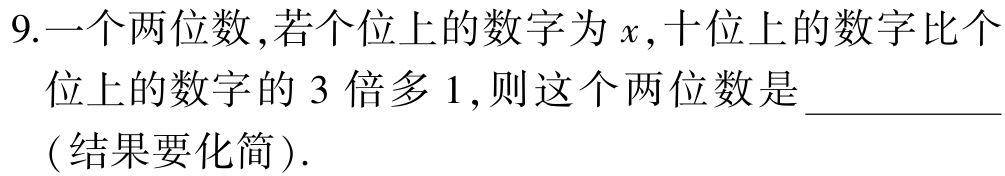
9.一个两位数,若个位上的数字为\(x\),十位上的数字比个位上的数字的\(3\)倍多\(1\),则这个两位数是 _________（结果要化简）.